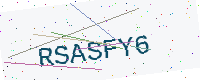
Text: RSASFY6